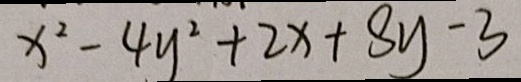
x ^ { 2 } - 4 y ^ { 2 } + 2 x + 8 y - 3